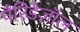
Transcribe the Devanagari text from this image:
पैरिडेज़ॉल